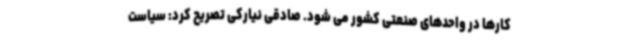
کارها در واحدهای صنعتی کشور می شود. صادقی نیارکی تصریح کرد: سیاست